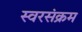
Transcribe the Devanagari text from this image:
स्वरसंक्रम